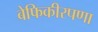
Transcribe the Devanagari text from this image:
बेफिकीरपणा